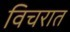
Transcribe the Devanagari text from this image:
विचरात